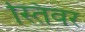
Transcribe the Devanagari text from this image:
स्तिवर